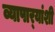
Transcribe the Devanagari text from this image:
व्यापार्‍यांशी